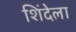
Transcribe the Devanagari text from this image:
शिंदेला